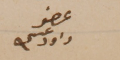
عضو داود عسى